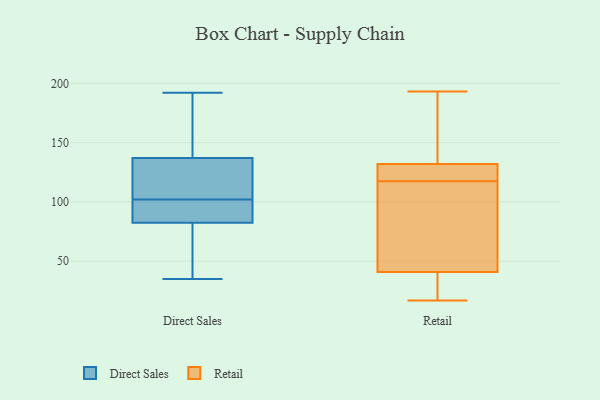
{"axis": {"x": "Inventory Turnover", "y": "Value"}, "legend": ["Direct Sales", "Retail"], "data": [{"x": "", "y": 192, "type": "Direct Sales"}, {"x": "", "y": 81, "type": "Direct Sales"}, {"x": "", "y": 87, "type": "Direct Sales"}, {"x": "", "y": 139, "type": "Direct Sales"}, {"x": "", "y": 35, "type": "Direct Sales"}, {"x": "", "y": 139, "type": "Direct Sales"}, {"x": "", "y": 166, "type": "Direct Sales"}, {"x": "", "y": 131, "type": "Direct Sales"}, {"x": "", "y": 93, "type": "Direct Sales"}, {"x": "", "y": 114, "type": "Direct Sales"}, {"x": "", "y": 129, "type": "Direct Sales"}, {"x": "", "y": 99, "type": "Direct Sales"}, {"x": "", "y": 59, "type": "Direct Sales"}, {"x": "", "y": 65, "type": "Direct Sales"}, {"x": "", "y": 102, "type": "Direct Sales"}, {"x": "", "y": 44, "type": "Direct Sales"}, {"x": "", "y": 128, "type": "Direct Sales"}, {"x": "", "y": 169, "type": "Direct Sales"}, {"x": "", "y": 97, "type": "Direct Sales"}, {"x": "", "y": 17, "type": "Retail"}, {"x": "", "y": 41, "type": "Retail"}, {"x": "", "y": 29, "type": "Retail"}, {"x": "", "y": 120, "type": "Retail"}, {"x": "", "y": 132, "type": "Retail"}, {"x": "", "y": 61, "type": "Retail"}, {"x": "", "y": 193, "type": "Retail"}, {"x": "", "y": 124, "type": "Retail"}, {"x": "", "y": 165, "type": "Retail"}, {"x": "", "y": 115, "type": "Retail"}]}